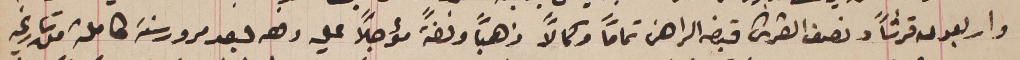
واربعون قرشاً ونصف القرش قبضه الراهن تماماً وكمالاً ذهباً وفضةً مؤجلاً عليه  دفعه بعد مرور سنة كاملة من تاريخه